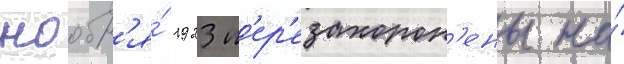
ноабр'я́ 1923 п'ер'езахорон'ены на́